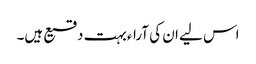
اس لیے ان کی آراء بہت دقیع ہیں۔